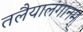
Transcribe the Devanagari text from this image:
तलैयालंगानम्